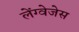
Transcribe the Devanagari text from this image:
लेंग्वेजेस